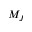
M _ { J }